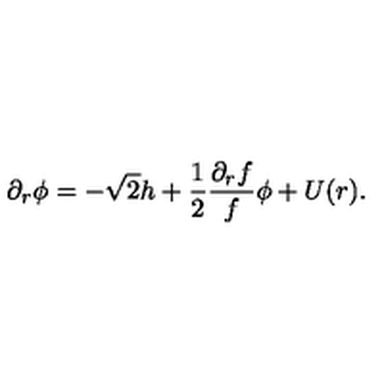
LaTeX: \partial _ { r } \phi = - \sqrt 2 h + { \frac { 1 } { 2 } } { \frac { \partial _ { r } f } { f } } \phi + U ( r ) .